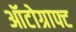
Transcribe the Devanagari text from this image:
ऑटोग्राफ्ट